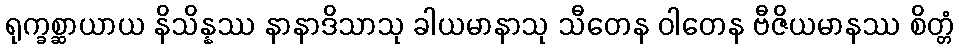
ရုက္ခစ္ဆာယာယ နိသိန္နဿ နာနာဒိသာသု ခါယမာနာသု သီတေန ဝါတေန ဗီဇိယမာနဿ စိတ္တံ